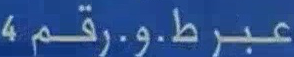
عبرط.و.رقم